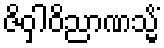
ဇိဝှါဝိညာဏသ္မိံ